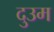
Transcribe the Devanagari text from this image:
दुउम